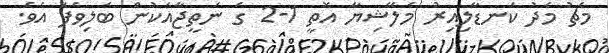
މެޗު މެދު ކަނޑާލިއިރު މެލޭޝިޔާ އޮތީ 1-2 ގެ ނަތީޖާއަކުން ބަލިވެފަ އެވެ.